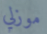
موزلي